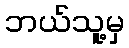
ဘယ်သူ့မှ